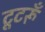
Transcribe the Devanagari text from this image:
टूटरूँ